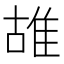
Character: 䧸